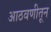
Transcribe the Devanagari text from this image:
आठवणीतून